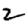
Digit: 2